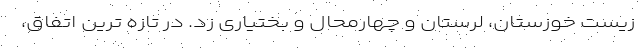
زیست خوزستان، لرستان و چهارمحال و بختیاری زد. در تازه ترین اتفاق،